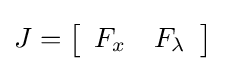
J=\left[{\begin{array}{cc}F_{x}&F_{\lambda }\\\end{array}}\right]